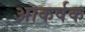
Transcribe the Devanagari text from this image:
अाकर्षक